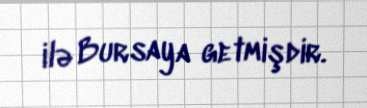
ilə Bursaya getmişdir.